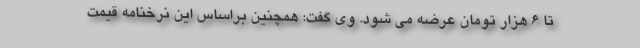
تا ۶ هزار تومان عرضه می شود. وی گفت: همچنین براساس این نرخنامه قیمت